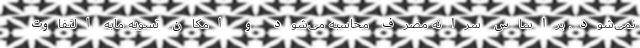
نمی‌شود. براساس سرانه مصرف محاسبه می‌شود و امکان تسویه مابه التفاوت